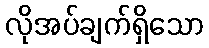
လိုအပ်ချက်ရှိသော